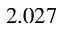
2 . 0 2 7